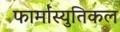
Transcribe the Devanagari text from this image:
फार्मास्युतिकल